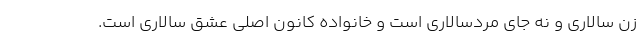
زن سالاری و نه جای مردسالاری است و خانواده کانون اصلی عشق سالاری است.